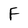
Character: F